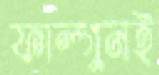
ফাল্গুনই